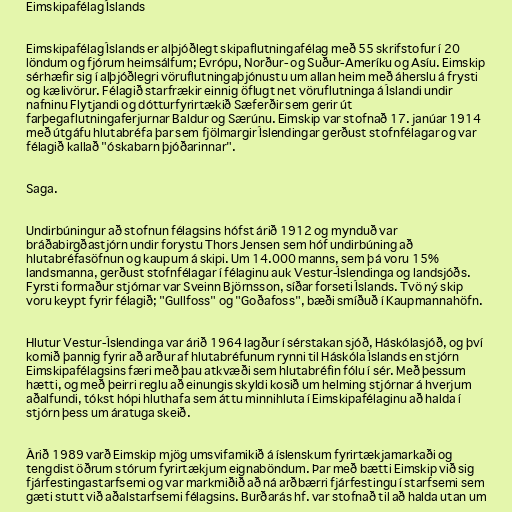
Eimskipafélag Íslands

Eimskipafélag Íslands er alþjóðlegt skipaflutningafélag með 55 skrifstofur í 20
löndum og fjórum heimsálfum; Evrópu, Norður- og Suður-Ameríku og Asíu. Eimskip
sérhæfir sig í alþjóðlegri vöruflutningaþjónustu um allan heim með áherslu á frysti
og kælivörur. Félagið starfrækir einnig öflugt net vöruflutninga á Íslandi undir
nafninu Flytjandi og dótturfyrirtækið Sæferðir sem gerir út
farþegaflutningaferjurnar Baldur og Særúnu. Eimskip var stofnað 17. janúar 1914
með útgáfu hlutabréfa þar sem fjölmargir Íslendingar gerðust stofnfélagar og var
félagið kallað "óskabarn þjóðarinnar".

Saga.

Undirbúningur að stofnun félagsins hófst árið 1912 og mynduð var
bráðabirgðastjórn undir forystu Thors Jensen sem hóf undirbúning að
hlutabréfasöfnun og kaupum á skipi. Um 14.000 manns, sem þá voru 15%
landsmanna, gerðust stofnfélagar í félaginu auk Vestur-Íslendinga og landsjóðs.
Fyrsti formaður stjórnar var Sveinn Björnsson, síðar forseti Íslands. Tvö ný skip
voru keypt fyrir félagið; "Gullfoss" og "Goðafoss", bæði smíðuð í Kaupmannahöfn.

Hlutur Vestur-Íslendinga var árið 1964 lagður í sérstakan sjóð, Háskólasjóð, og því
komið þannig fyrir að arður af hlutabréfunum rynni til Háskóla Íslands en stjórn
Eimskipafélagsins færi með þau atkvæði sem hlutabréfin fólu í sér. Með þessum
hætti, og með þeirri reglu að einungis skyldi kosið um helming stjórnar á hverjum
aðalfundi, tókst hópi hluthafa sem áttu minnihluta í Eimskipafélaginu að halda í
stjórn þess um áratuga skeið.

Árið 1989 varð Eimskip mjög umsvifamikið á íslenskum fyrirtækjamarkaði og
tengdist öðrum stórum fyrirtækjum eignaböndum. Þar með bætti Eimskip við sig
fjárfestingastarfsemi og var markmiðið að ná arðbærri fjárfestingu í starfsemi sem
gæti stutt við aðalstarfsemi félagsins. Burðarás hf. var stofnað til að halda utan um